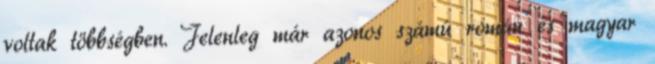
voltak többségben. Jelenleg már azonos számú román és magyar